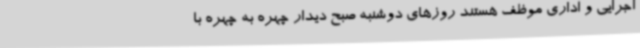
اجرایی و اداری موظف هستند روزهای دوشنبه صبح دیدار چهره به چهره با